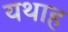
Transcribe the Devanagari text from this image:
यथाह